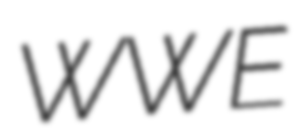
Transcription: WWE